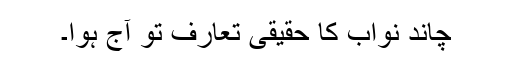
چاند نواب کا حقیقی تعارف تو آج ہوا۔